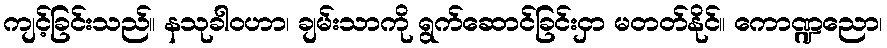
ကျင့်ခြင်းသည်။ နသုခါဝဟာ၊ ချမ်းသာကို ရွက်ဆောင်ခြင်းငှာ မတတ်နိုင်။ ကောဏ္ဍညော၊